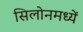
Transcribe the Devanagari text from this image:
सिलोनमध्यें